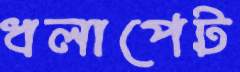
ধলাপেট